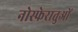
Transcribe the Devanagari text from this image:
नोस्फेरातुओं